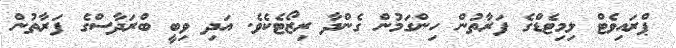
ޕްރައިވެޓް ލިމިޓެޑްގެ ފަރާތުން ހިންގަމުން ގެންދާ ރިޒޯޓެކެވެ. އަދި ވިބީ ބްރަދާސްގެ ފަރާތުން